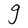
Character: g